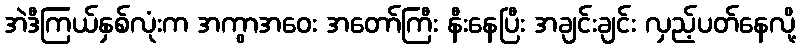
အဲဒီကြယ်နှစ်လုံးက အကွာအဝေး အတော်ကြီး နီးနေပြီး အချင်းချင်း လှည့်ပတ်နေလို့